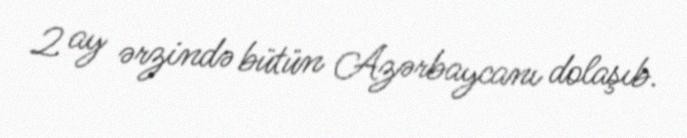
2 ay ərzində bütün Azərbaycanı dolaşıb.